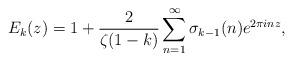
LaTeX: \begin{align*}E_k(z) = 1 + \frac{2}{\zeta(1-k)} \sum_{n=1}^\infty \sigma_{k-1}(n)e^{2\pi i n z},\end{align*}